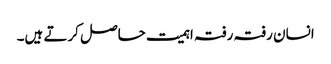
انسان رفتہ رفتہ اہمیت حاصل کرتے ہیں۔